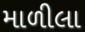
માળીલા